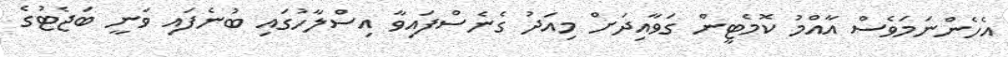
އެހެންނަމަވެސް އާއްމު ކޮމެޓީން ގަވާއިދަށް މިއަދު ގެނެސްފައިވާ އިސްލާހުގައި ބުނެފައި ވަނީ ބަޖެޓުގެ